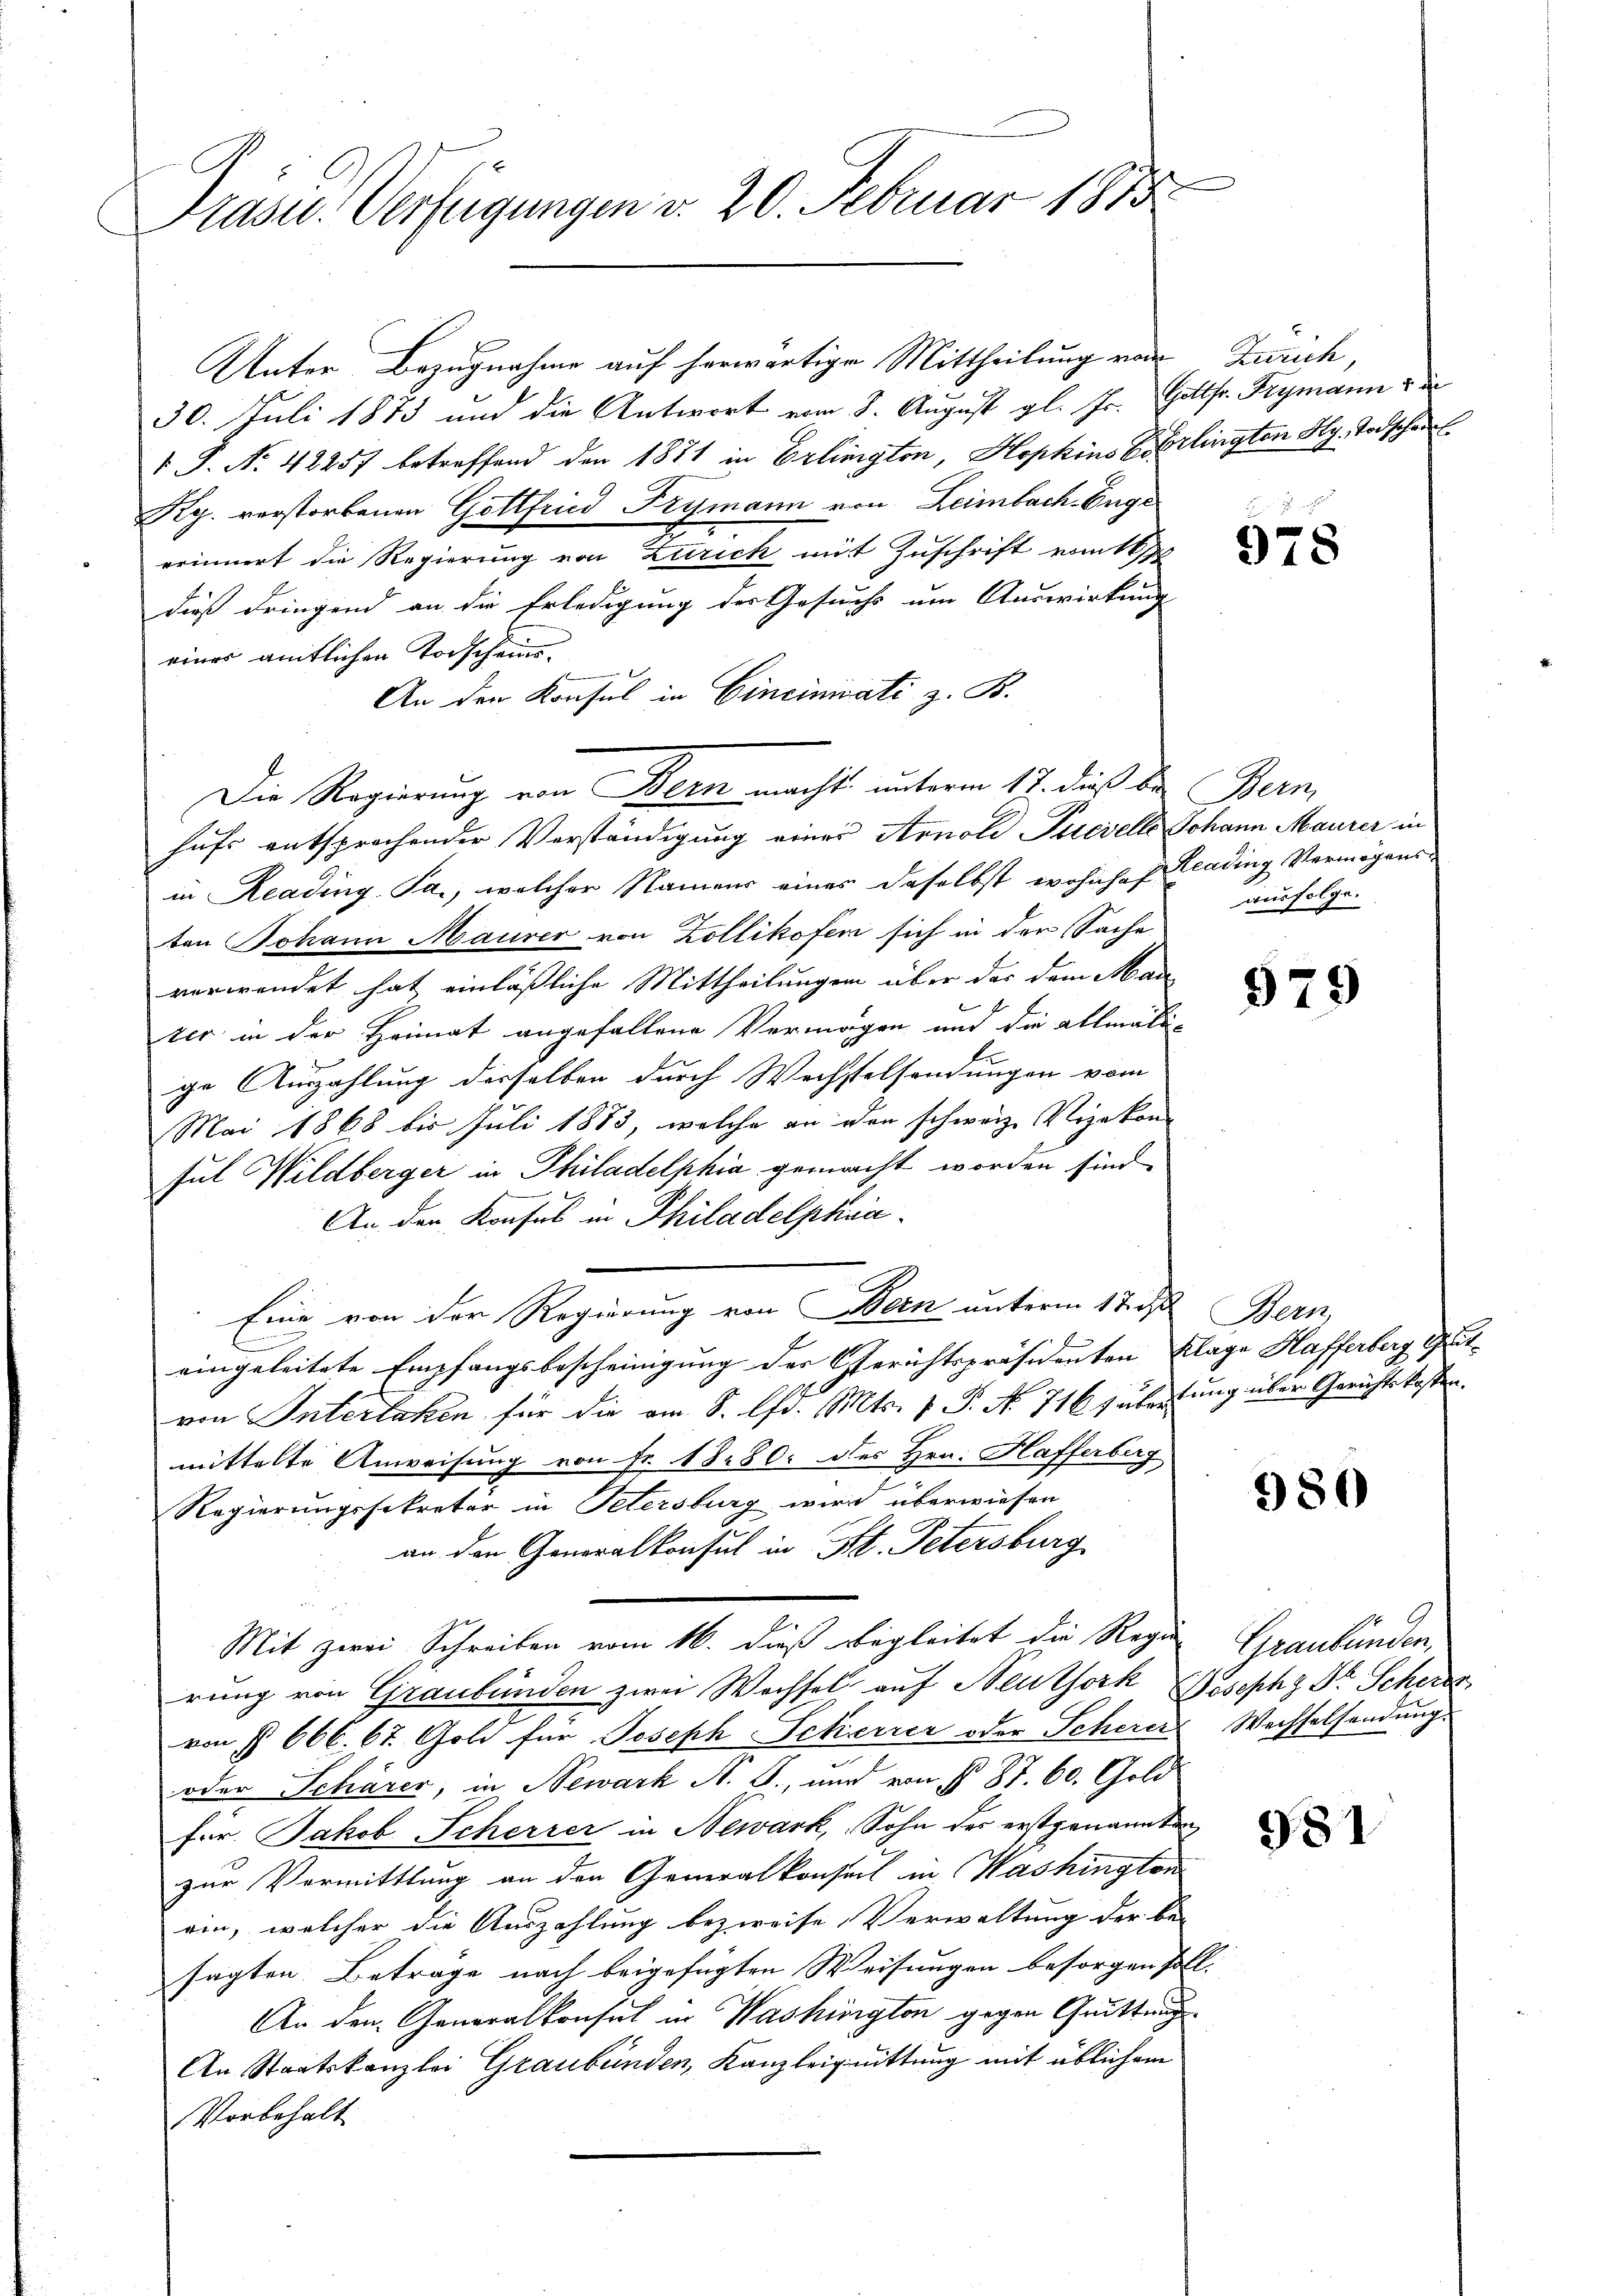
Präses Verfügungen v. 20. Februar 1815

Unter Bezugnahme auf herwärtigen Mittheilung von Zürich,
30. Juli 1873 und die Antwort vom 8. August gl. Fr. Gottfr. Frymann zu
1 P. Nr. 42257 betreffend den 1871 in Erlington, Hopkins Berlingten Hy. Todscha
Rg. verstorbenen Gottfried Frymann von Leimbach. Enge
erinnert die Regierung von Zürich mit Zuschrift vom 16/
dieß dringend an die Erledigung der Gesuchs um Auswirkung
eines amtlichen Vorscheins¬
An den Konsul in Cincinwati z. B.
Die Regierung von Bern macht unterm 17. dieß bei Bern,
hufs entsprochender Verständigung eines Arnold Picielle Johann Maurer in
in Reading, Ja., welcher Namens eines daselbst wohnhaft Klading Vermögensten Johann Maurer von Zollikofen sich in den Sache
verwendet hat einläßliche Mittheilungen über der dem Man
ter in der Heimat angefallene Vermögen und die allmälige Auszahlung derselben durch Wechstelsendungen vom
Mai 1868 bis Juli 1883, welche an den schweiz. Vizekon-
sul Wildberger in Philadelphia gemacht worden sind.
An den Konfus in Philadelphia
Eine von der Regierung von Bern unterm 12. ds Bern,
E
eingeleitete Empfangsbescheinigung der Gerichtspräsidenten Klage Hafferberg Gritvon Interlaken für die am 8. Chr. Mts. v. P. No. 716 zuberung über Gerichtskosten.
mittelte Anweisung von Fr. 1880 des Hrn. Hafferberg
Regierungssekretär in Petersburg wird überwiesen
an den Generalkonsul in St. Petersburg
Mit zwei Schreiben vom 16. dieß Begleitet die Regie Graubünden,
rung von Graubünden zwei Wechsel, auf Neuthork Joseph Dr Scher
von § 666. 67. Gold für Joseph Scherrer oder Scherer
oder Schärer, in Newark N. O., und von § 87. 60. Gold
fer. Jakob Scherrer in Newark, Sohn des erstgenannten
zur Vermittlung an den Generalkonsul in Washington
ein, welcher die Auszahlung bezweife, Verwaltung der be-
sagten Beträge nach beigefügten Weisungen besorgen sol
An den Generalkonsul in Washington gegen Quittung
An Staatskanzlei Graubünden, Kanzleiguittung mit üblichem
Vorbehalt

978

ausfolge.

979

980

Wechselsendung.

981